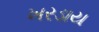
ખરડાય